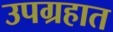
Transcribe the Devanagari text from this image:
उपग्रहात